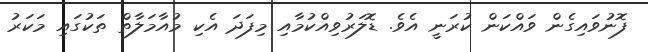
ފޮނުވައިގެން ވައްކަން ކުރަނީ އެވެ. ޑޮލަރުވިއްކުމާއި މިފަދަ އެކި މުއާމަލާތް ތަކުގައި މަކަރު